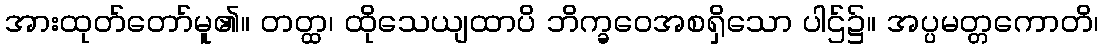
အားထုတ်တော်မူ၏။ တတ္ထ၊ ထိုသေယျထာပိ ဘိက္ခဝေအစရှိသော ပါဌ်၌။ အပ္ပမတ္တကောတိ၊